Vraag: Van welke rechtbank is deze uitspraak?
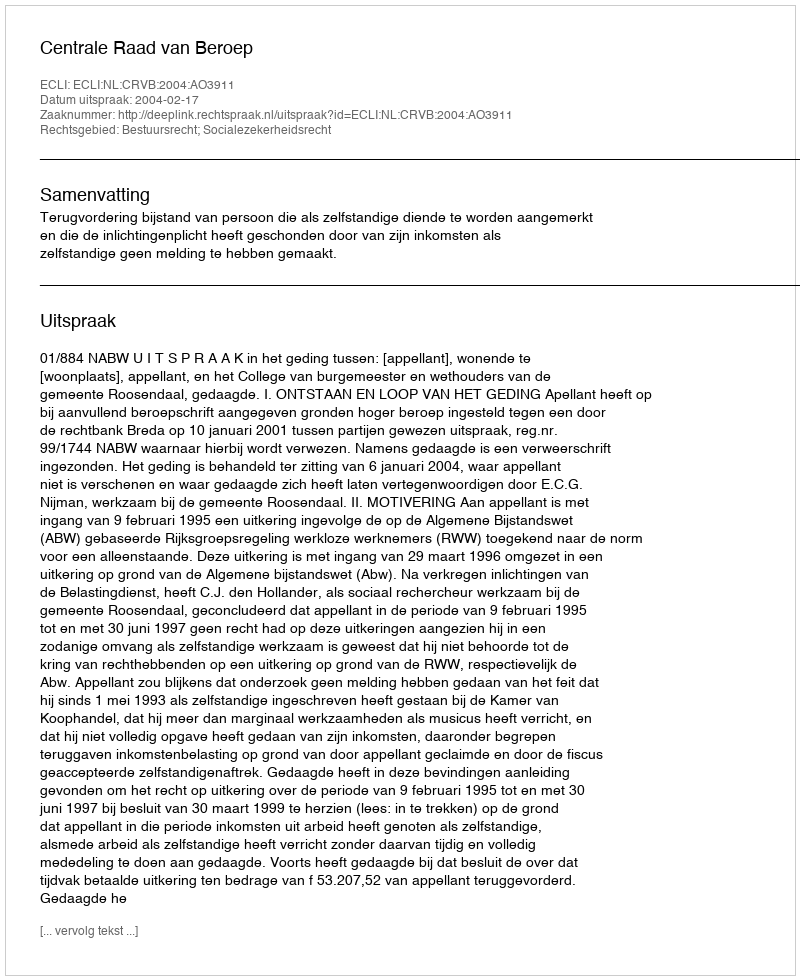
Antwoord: Centrale Raad van Beroep